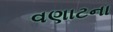
વણાટના